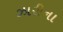
ઝારીના